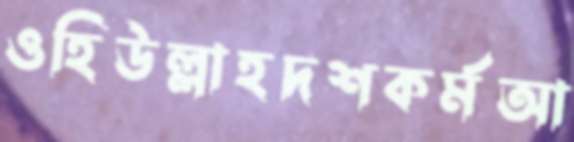
ওহিউল্লাহদশকর্মআ